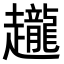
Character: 𧾪